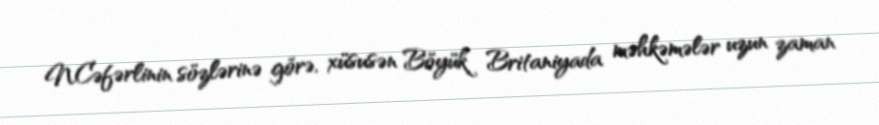
N.Cəfərlinin sözlərinə görə, xüsusən Böyük Britaniyada məhkəmələr uzun zaman